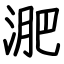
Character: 淝